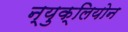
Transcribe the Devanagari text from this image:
न्युक्लियोन